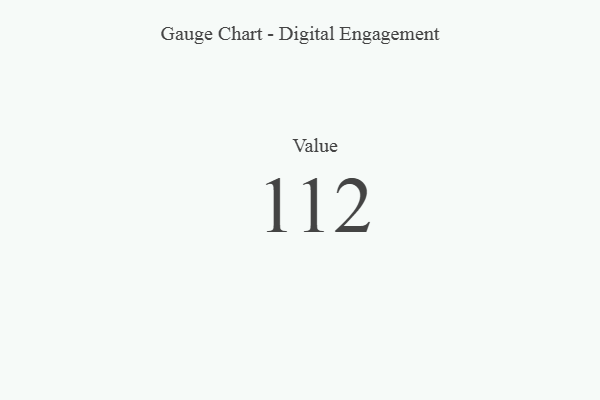
{"axis": {"x": "Metric", "y": "Value"}, "legend": [""], "data": [{"x": "Value", "y": 112, "type": ""}]}